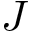
J